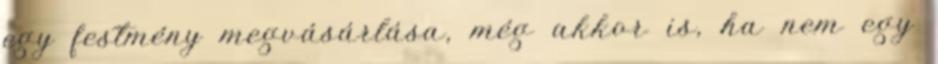
egy festmény megvásárlása, még akkor is, ha nem egy